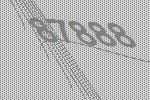
87888